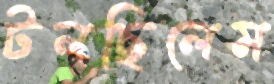
টলছিলেম